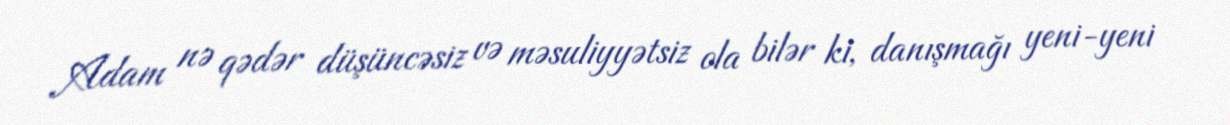
Adam nə qədər düşüncəsiz və məsuliyyətsiz ola bilər ki, danışmağı yeni-yeni